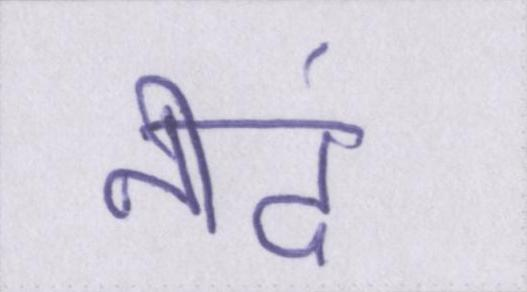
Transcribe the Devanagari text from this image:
नीदं